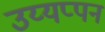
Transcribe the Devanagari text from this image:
उय्यप्पन